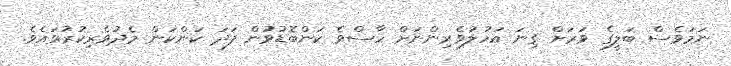
ނަމަވެސް ބަލީގެ ވަރަށް ގިނަ އަހުލުވެރިންނަށް ހާސްވެ ކަންބޮޑުވުން ފަދަ ކަންކަން މެދުވެރިކުރުވައެވެ.